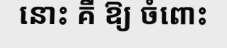
នោះ គឺ ឱ្យ ចំពោះ